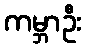
ကမ္ဘာဦး